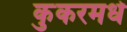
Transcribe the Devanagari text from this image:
कुकरमधे